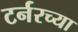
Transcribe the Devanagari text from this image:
टर्नरच्या